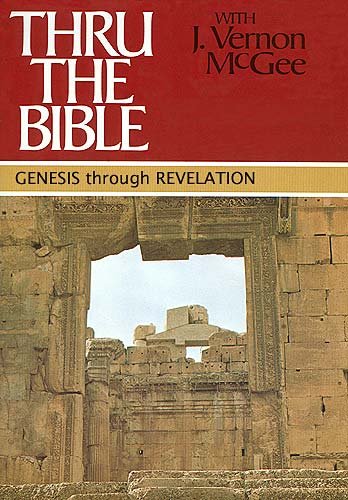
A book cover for Genesis through Revelation (Thru the Bible 5 Volume Set); J. Vernon McGee; Reference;